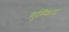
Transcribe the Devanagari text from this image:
गुम्फिद